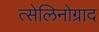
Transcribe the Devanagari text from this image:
त्सेलिनोग्राद